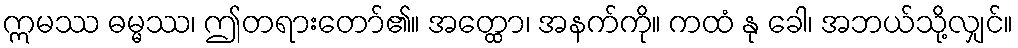
ဣမဿ ဓမ္မဿ၊ ဤတရားတော်၏။ အတ္ထော၊ အနက်ကို။ ကထံ နု ခေါ၊ အဘယ်သို့လျှင်။